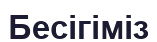
Бесігіміз